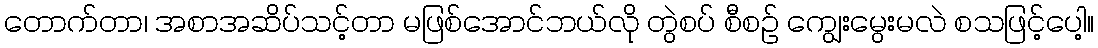
တောက်တာ၊ အစာအဆိပ်သင့်တာ မဖြစ်အောင်ဘယ်လို တွဲစပ် စီစဉ် ကျွေးမွေးမလဲ စသဖြင့်ပေါ့။